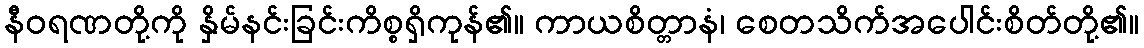
နီဝရဏတို့ကို နှိမ်နင်းခြင်းကိစ္စရှိကုန်၏။ ကာယစိတ္တာနံ၊ စေတသိက်အပေါင်းစိတ်တို့၏။